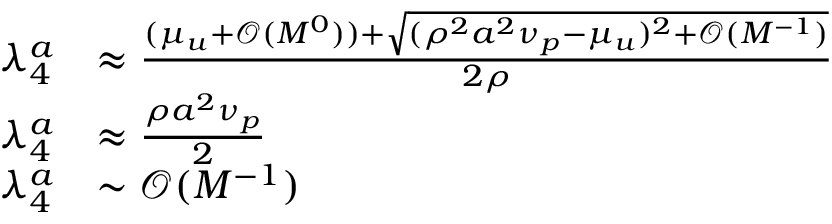
\begin{array} { r l } { \lambda _ { 4 } ^ { a } } & { \approx \frac { ( \mu _ { u } + \mathcal { O } ( M ^ { 0 } ) ) + \sqrt { ( \rho ^ { 2 } a ^ { 2 } \nu _ { p } - \mu _ { u } ) ^ { 2 } + \mathcal { O } ( M ^ { - 1 } ) } } { 2 \rho } } \\ { \lambda _ { 4 } ^ { a } } & { \approx \frac { \rho a ^ { 2 } \nu _ { p } } { 2 } } \\ { \lambda _ { 4 } ^ { a } } & { \sim \mathcal { O } ( M ^ { - 1 } ) } \end{array}